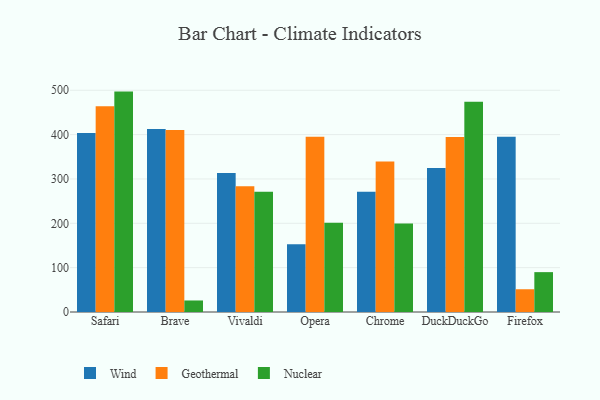
{"axis": {"x": "Browser", "y": "Bounce Rate (%)"}, "legend": ["Geothermal", "Nuclear", "Wind"], "data": [{"x": "Safari", "y": 403.5, "type": "Wind"}, {"x": "Safari", "y": 463.9, "type": "Geothermal"}, {"x": "Safari", "y": 497.0, "type": "Nuclear"}, {"x": "Brave", "y": 412.4, "type": "Wind"}, {"x": "Brave", "y": 410.6, "type": "Geothermal"}, {"x": "Brave", "y": 26.0, "type": "Nuclear"}, {"x": "Vivaldi", "y": 313.2, "type": "Wind"}, {"x": "Vivaldi", "y": 283.7, "type": "Geothermal"}, {"x": "Vivaldi", "y": 271.3, "type": "Nuclear"}, {"x": "Opera", "y": 152.9, "type": "Wind"}, {"x": "Opera", "y": 395.0, "type": "Geothermal"}, {"x": "Opera", "y": 201.4, "type": "Nuclear"}, {"x": "Chrome", "y": 270.9, "type": "Wind"}, {"x": "Chrome", "y": 339.1, "type": "Geothermal"}, {"x": "Chrome", "y": 199.5, "type": "Nuclear"}, {"x": "DuckDuckGo", "y": 324.6, "type": "Wind"}, {"x": "DuckDuckGo", "y": 394.5, "type": "Geothermal"}, {"x": "DuckDuckGo", "y": 474.0, "type": "Nuclear"}, {"x": "Firefox", "y": 395.4, "type": "Wind"}, {"x": "Firefox", "y": 51.3, "type": "Geothermal"}, {"x": "Firefox", "y": 89.9, "type": "Nuclear"}]}